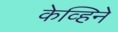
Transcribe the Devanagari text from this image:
केव्हिने